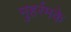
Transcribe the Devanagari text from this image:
मुहर्रमके